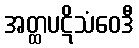
အတ္ထပဋိသံဝေဒီ